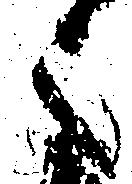
之